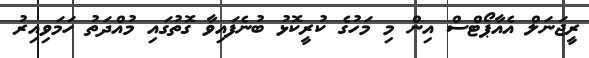
ރީޖަނަލް އެއާޕޯޓްސް އިން މި މަހުގެ ކުރީކޮޅު ބުނެފައިވާ ގޮތުގައި މުއްދަތު ހަމަވިއިރު